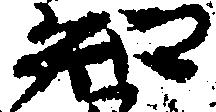
知